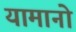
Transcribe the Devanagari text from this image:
यामानो